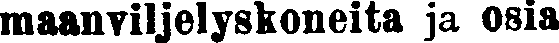
maanviljelyskoneita ja osia